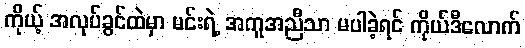
ကိုယ့် အလုပ်ခွင်ထဲမှာ မင်းရဲ့ အကူအညီသာ မပါခဲ့ရင် ကိုယ်ဒီလောက်